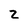
Character: z